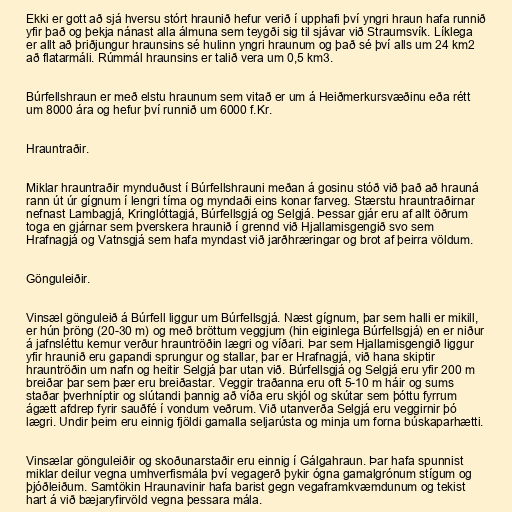
Ekki er gott að sjá hversu stórt hraunið hefur verið í upphafi því yngri hraun hafa runnið
yfir það og þekja nánast alla álmuna sem teygði sig til sjávar við Straumsvík. Líklega
er allt að þriðjungur hraunsins sé hulinn yngri hraunum og það sé því alls um 24 km2
að flatarmáli. Rúmmál hraunsins er talið vera um 0,5 km3.

Búrfellshraun er með elstu hraunum sem vitað er um á Heiðmerkursvæðinu eða rétt
um 8000 ára og hefur því runnið um 6000 f.Kr.

Hrauntraðir.

Miklar hrauntraðir mynduðust í Búrfellshrauni meðan á gosinu stóð við það að hrauná
rann út úr gígnum í lengri tíma og myndaði eins konar farveg. Stærstu hrauntraðirnar
nefnast Lambagjá, Kringlóttagjá, Búrfellsgjá og Selgjá. Þessar gjár eru af allt öðrum
toga en gjárnar sem þverskera hraunið í grennd við Hjallamisgengið svo sem
Hrafnagjá og Vatnsgjá sem hafa myndast við jarðhræringar og brot af þeirra völdum.

Gönguleiðir.

Vinsæl gönguleið á Búrfell liggur um Búrfellsgjá. Næst gígnum, þar sem halli er mikill,
er hún þröng (20-30 m) og með bröttum veggjum (hin eiginlega Búrfellsgjá) en er niður
á jafnsléttu kemur verður hrauntröðin lægri og víðari. Þar sem Hjallamisgengið liggur
yfir hraunið eru gapandi sprungur og stallar, þar er Hrafnagjá, við hana skiptir
hrauntröðin um nafn og heitir Selgjá þar utan við. Búrfellsgjá og Selgjá eru yfir 200 m
breiðar þar sem þær eru breiðastar. Veggir traðanna eru oft 5-10 m háir og sums
staðar þverhníptir og slútandi þannig að víða eru skjól og skútar sem þóttu fyrrum
ágætt afdrep fyrir sauðfé í vondum veðrum. Við utanverða Selgjá eru veggirnir þó
lægri. Undir þeim eru einnig fjöldi gamalla seljarústa og minja um forna búskaparhætti.

Vinsælar gönguleiðir og skoðunarstaðir eru einnig í Gálgahraun. Þar hafa spunnist
miklar deilur vegna umhverfismála því vegagerð þykir ógna gamalgrónum stígum og
þjóðleiðum. Samtökin Hraunavinir hafa barist gegn vegaframkvæmdunum og tekist
hart á við bæjaryfirvöld vegna þessara mála.